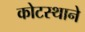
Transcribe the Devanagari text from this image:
कोटस्थाने